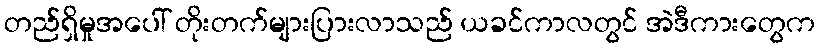
တည်ရှိမှုအပေါ် တိုးတက်များပြားလာသည် ယခင်ကာလတွင် အဲဒီကားတွေက